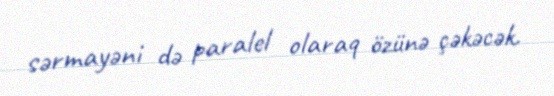
sərmayəni də paralel olaraq özünə çəkəcək.